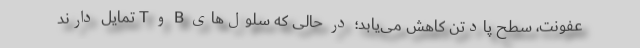
عفونت، سطح پادتن کاهش می‌یابد؛ در حالی که سلول‌های B و T تمایل دارند